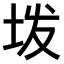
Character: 𫭨